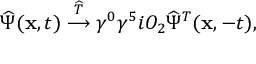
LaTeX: \widehat \Psi ( { \bf x } , t ) \stackrel { \widehat { \cal T } } { \longrightarrow } \gamma ^ { 0 } \gamma ^ { 5 } i O _ { 2 } \widehat \Psi ^ { T } ( { \bf x } , - t ) ,